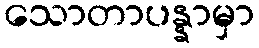
သောတာပန္နာမှာ